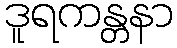
ဒူရကန္တနာ